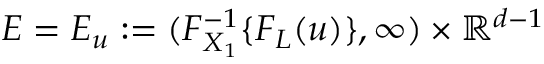
E = E _ { u } : = ( F _ { X _ { 1 } } ^ { - 1 } \{ F _ { L } ( u ) \} , \infty ) \times \mathbb { R } ^ { d - 1 }